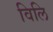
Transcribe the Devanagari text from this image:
विलि